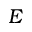
E